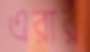
এরার